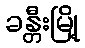
ခန္တီးမြို့